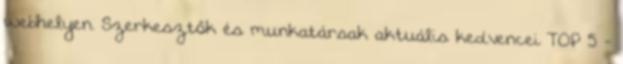
webhelyen. Szerkesztők és munkatársak aktuális kedvencei TOP 5 -